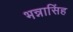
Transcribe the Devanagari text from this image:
भन्नासिंह